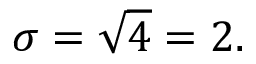
\sigma = { \sqrt { 4 } } = 2 .